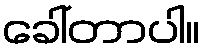
ခေါ်တာပါ။